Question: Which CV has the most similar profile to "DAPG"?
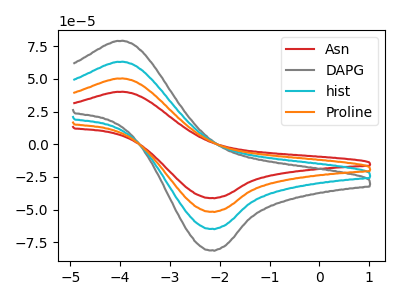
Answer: <think>The red curve "Asn" has an anodic peak at (-3.95V, 40.10uA) and a cathodic peak at (-2.15V, -41.15uA). The gray curve "DAPG" has an anodic peak at (-3.95V, 150.90uA) and a cathodic peak at (-2.15V, -154.70uA). The cyan curve "hist" has an anodic peak at (-3.95V, 100.60uA) and a cathodic peak at (-2.15V, -103.15uA). The orange curve "Proline" has an anodic peak at (-3.95V, 50.30uA) and a cathodic peak at (-2.15V, -51.55uA).
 All the peaks in "Asn" have a peak in "DAPG" at the same potential. Every peak in "Asn" is lower than every peak in "DAPG". All the peaks in "Asn" have a peak in "hist" at the same potential. Every peak in "Asn" is lower than every peak in "hist". All the peaks in "Asn" have a peak in "Proline" at the same potential. Every peak in "Asn" is lower than every peak in "Proline". All the peaks in "DAPG" have a peak in "hist" at the same potential. Every peak in "DAPG" is higher than every peak in "hist". All the peaks in "DAPG" have a peak in "Proline" at the same potential. Every peak in "DAPG" is higher than every peak in "Proline". All the peaks in "hist" have a peak in "Proline" at the same potential. Every peak in "hist" is higher than every peak in "Proline".</think>
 <answer>"DAPG", "hist" and "Proline" have a similar shape to "Asn".</answer>
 <eval>"DAPG" "hist" "Proline"</eval>